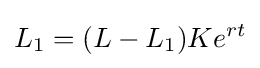
L_{1}=(L-L_{1})Ke^{rt}